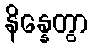
နိန္နေတွာ